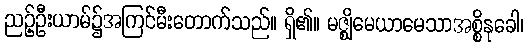
ညဉ့်ဦးယာမ်၌အကြင်မီးတောက်သည်။ ရှိ၏။ မဇ္ဈိမေယာမေသာအစ္စိနုခေါ၊